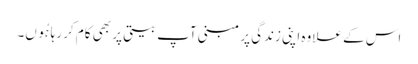
اس کے علاوہ اپنی زندگی پر مبنی آپ بیتی پر بھی کام کر رہا ہُوں۔